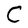
Character: C